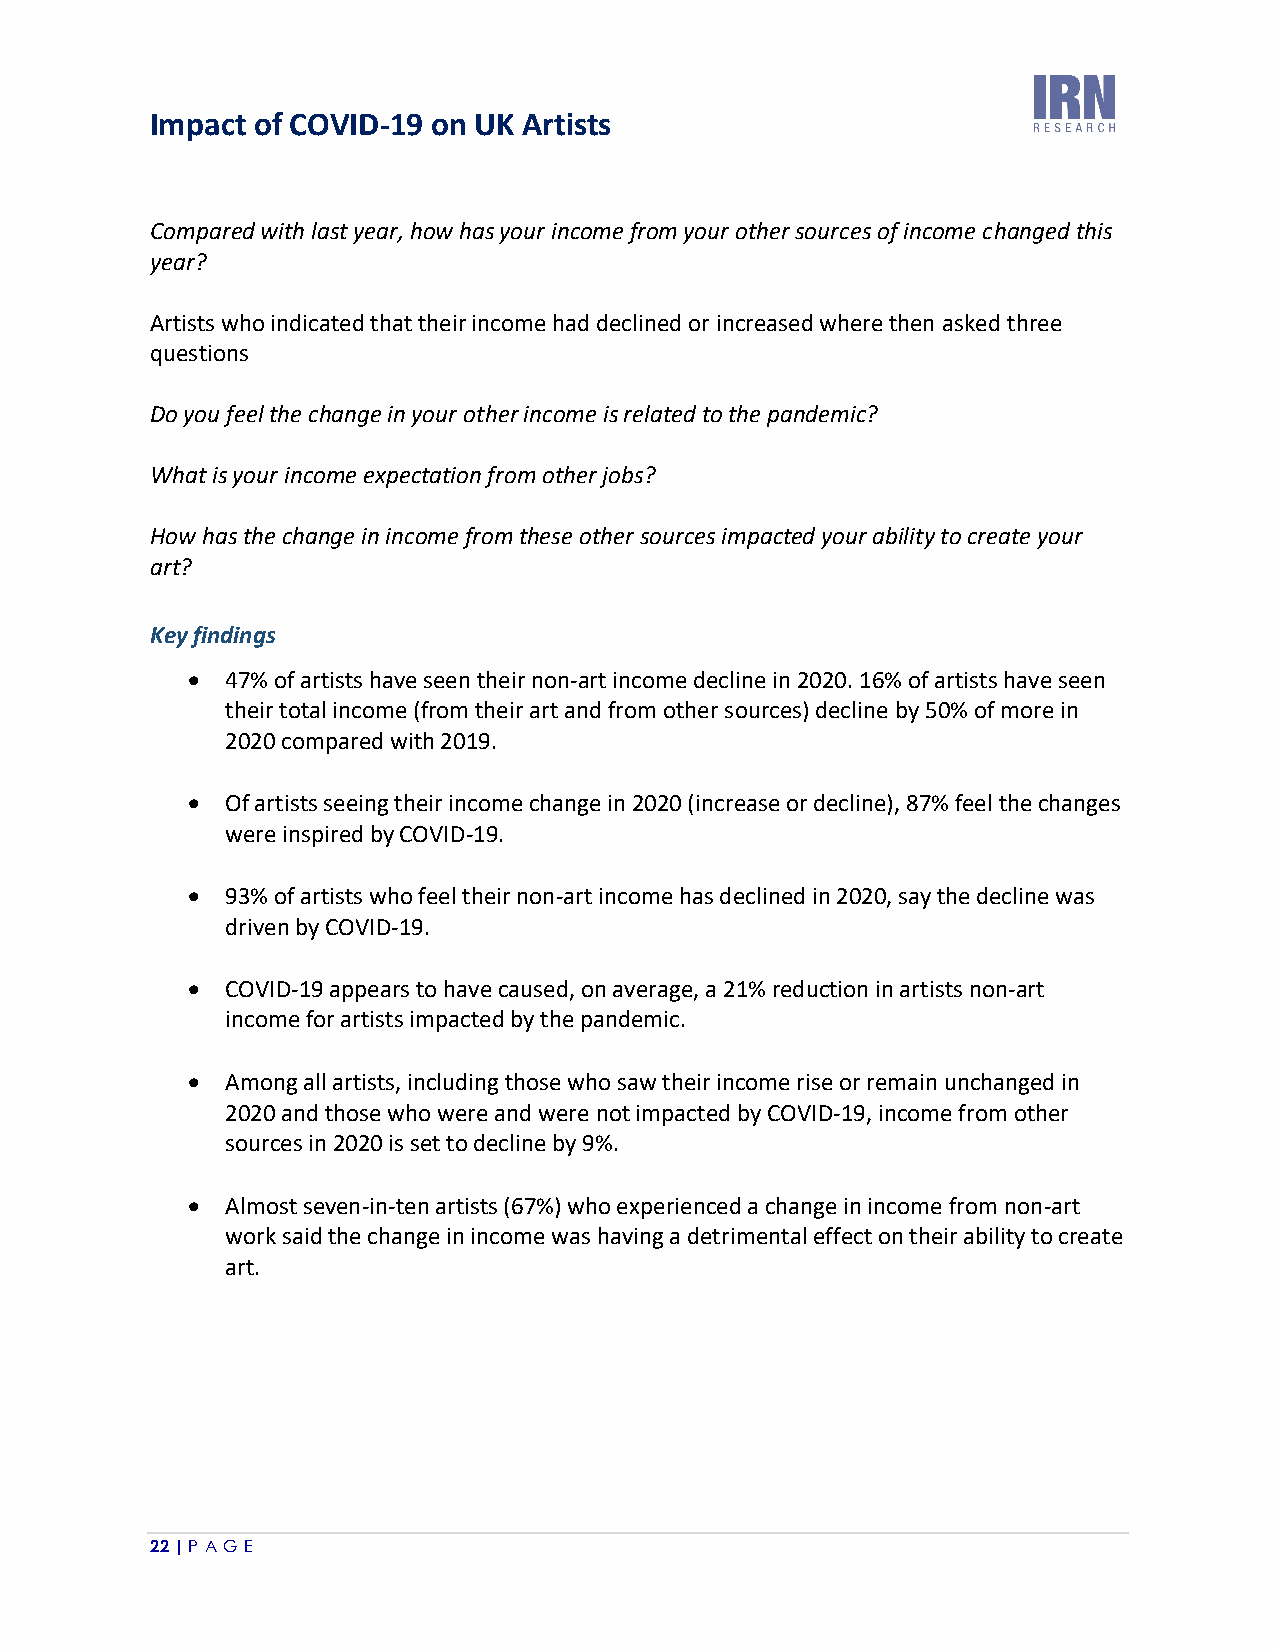
Impact of COVID-19 on UK Artists
 Compared with last year, how has your income from your other sources of income changed this
 year?
 Artists who indicated that their income had declined or increased where then asked three
 questions
 Do you feel the change in your other income is related to the pandemic?
 What is your income expectation from other jobs?
 How has the change in income from these other sources impacted your ability to create your
 art?
 Key findings
 •  47% of artists have seen their non-art income decline in 2020. 16% of artists have seen
 their total income (from their art and from other sources) decline by 50% of more in
 2020 compared with 2019.
 •  Of artists seeing their income change in 2020 (increase or decline), 87% feel the changes
 were inspired by COVID-19.
 •  93% of artists who feel their non-art income has declined in 2020, say the decline was
 driven by COVID-19.
 •  COVID-19 appears to have caused, on average, a 21% reduction in artists non-art
 income for artists impacted by the pandemic.
 •  Among all artists, including those who saw their income rise or remain unchanged in
 2020 and those who were and were not impacted by COVID-19, income from other
 sources in 2020 is set to decline by 9%.
 •  Almost seven-in-ten artists (67%) who experienced a change in income from non-art
 work said the change in income was having a detrimental effect on their ability to create
 art.
 22 | P A GE